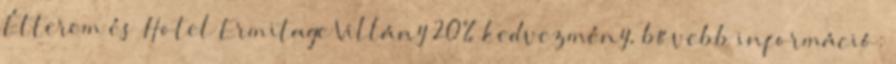
Étterem és Hotel Ermitage Villány 20% kedvezmény, bővebb információ: